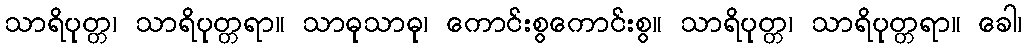
သာရိပုတ္တ၊ သာရိပုတ္တရာ။ သာဓုသာဓု၊ ကောင်းစွကောင်းစွ။ သာရိပုတ္တ၊ သာရိပုတ္တရာ။ ခေါ၊